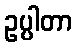
ဥပ္ပါတာ